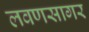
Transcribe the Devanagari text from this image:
लवणसागर